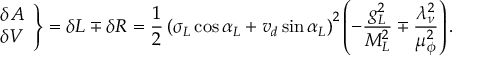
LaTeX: \left. \begin{array} { c } { { \delta A } } \\ { { \delta V } } \end{array} \right\} = \delta L \mp \delta R = \frac 1 2 \left( \sigma _ { L } \cos \alpha _ { L } + v _ { d } \sin \alpha _ { L } \right) ^ { 2 } \left( - \frac { g _ { L } ^ { 2 } } { M _ { L } ^ { 2 } } \mp \frac { \lambda _ { \nu } ^ { 2 } } { \mu _ { \phi } ^ { 2 } } \right) .